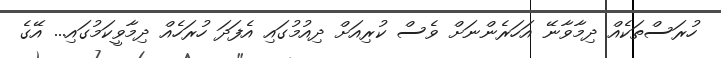
ހުރަސްތަކެއް ދިމާވާނޭ އަހަރެންނަށް ވެސް ކުރިއަށް ދިއުމުގައި އެފަދަ ހުރަހެއް ދިމާވީކަމުގައި... އޭގެ